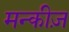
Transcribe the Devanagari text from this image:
मन्कीज़